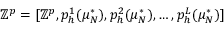
\mathbb { Z } ^ { p } = [ \mathbb { Z } ^ { p } , { p } _ { h } ^ { 1 } ( \mu _ { N } ^ { * } ) , { p } _ { h } ^ { 2 } ( \mu _ { N } ^ { * } ) , \dots , { p } _ { h } ^ { L } ( \mu _ { N } ^ { * } ) ]